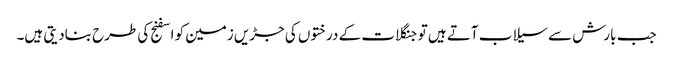
جب بارش سے سیلاب آتے ہیں تو جنگلات کے درختوں کی جڑیں زمین کو اسفنج کی طرح بنادیتی ہیں۔